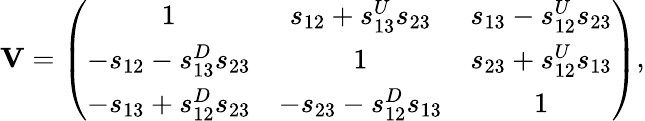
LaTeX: {\mathbf V}=\left(\begin{array}{ccc}{{1}}&{{s_{12}+s_{13}^{U}s_{23}}}&{{s_{13}-s_{12}^{U}s_{23}}}\\ {{-s_{12}-s_{13}^{D}s_{23}}}&{{1}}&{{s_{23}+s_{12}^{U}s_{13}}}\\ {{-s_{13}+s_{12}^{D}s_{23}}}&{{-s_{23}-s_{12}^{D}s_{13}}}&{{1}}\end{array}\right),